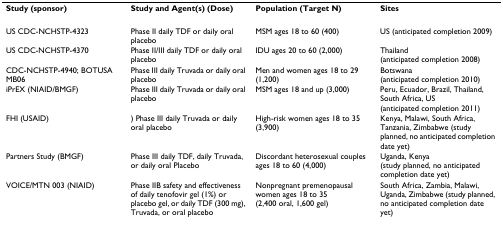
<table><thead><tr><td><b>Study (sponsor)</b></td><td><b>Study and Agent(s) (Dose)</b></td><td><b>Population (Target N)</b></td><td><b>Sites</b></td></tr></thead><tbody><tr><td>US CDC-NCHSTP-4323</td><td>Phase II daily TDF or daily oral placebo</td><td>MSM ages 18 to 60 (400)</td><td>US (anticipated completion 2009)</td></tr><tr><td>US CDC-NCHSTP-4370</td><td>Phase II/III daily TDF or daily oral placebo</td><td>IDU ages 20 to 60 (2,000)</td><td>Thailand (anticipated completion 2008)</td></tr><tr><td>CDC-NCHSTP-4940; BOTUSA MB06</td><td>Phase III daily Truvada or daily oral placebo</td><td>Men and women ages 18 to 29 (1,200)</td><td>Botswana (anticipated completion 2010)</td></tr><tr><td>iPrEX (NIAID/BMGF)</td><td>Phase III daily Truvada or daily oral placebo</td><td>MSM ages 18 and up (3,000)</td><td>Peru, Ecuador, Brazil, Thailand, South Africa, US (anticipated completion 2011)</td></tr><tr><td>FHI (USAID)</td><td>) Phase III daily Truvada or daily oral placebo</td><td>High-risk women ages 18 to 35 (3,900)</td><td>Kenya, Malawi, South Africa, Tanzania, Zimbabwe (study planned, no anticipated completion date yet)</td></tr><tr><td>Partners Study (BMGF)</td><td>Phase III daily TDF, daily Truvada, or daily oral Placebo</td><td>Discordant heterosexual couples ages 18 to 60 (4,000)</td><td>Uganda, Kenya (study planned, no anticipated completion date yet)</td></tr><tr><td>VOICE/MTN 003 (NIAID)</td><td>Phase IIB safety and effectiveness of daily tenofovir gel (1%) or placebo gel, or daily TDF (300 mg), Truvada, or oral placebo</td><td>Nonpregnant premenopausal women ages 18 to 35 (2,400 oral, 1,600 gel)</td><td>South Africa, Zambia, Malawi, Uganda, Zimbabwe (study planned, no anticipated completion date yet)</td></tr></tbody></table>